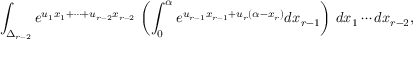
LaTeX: \int _ { \Delta _ { r - 2 } } e ^ { u _ { 1 } x _ { 1 } + \cdots + u _ { r - 2 } x _ { r - 2 } } \, \left( \int _ { 0 } ^ { \alpha } e ^ { u _ { r - 1 } x _ { r - 1 } + u _ { r } ( \alpha - x _ { r } ) } d x _ { r - 1 } \right) \, d x _ { 1 } \cdots d x _ { r - 2 } ,